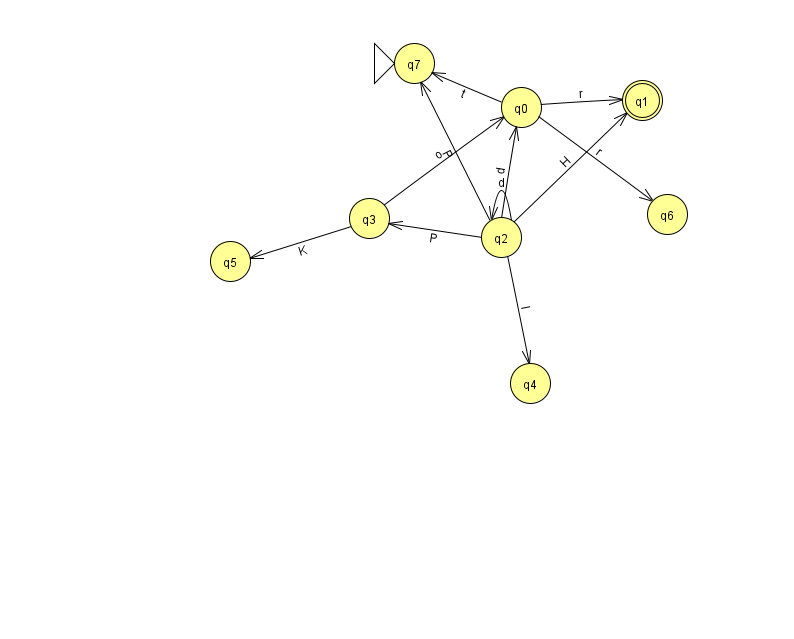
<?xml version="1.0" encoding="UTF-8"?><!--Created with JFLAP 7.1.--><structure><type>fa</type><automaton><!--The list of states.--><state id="0" name="q0"><x>521.0</x><y>94.0</y></state><state id="1" name="q1"><x>642.0</x><y>87.0</y><final/></state><state id="2" name="q2"><x>501.0</x><y>224.0</y></state><state id="3" name="q3"><x>369.0</x><y>205.0</y></state><state id="4" name="q4"><x>530.0</x><y>370.0</y></state><state id="5" name="q5"><x>230.0</x><y>248.0</y></state><state id="6" name="q6"><x>667.0</x><y>201.0</y></state><state id="7" name="q7"><x>414.0</x><y>50.0</y><initial/></state><!--The list of transitions.--><transition><from>0</from><to>7</to><read>t</read></transition><transition><from>2</from><to>1</to><read>H</read></transition><transition><from>2</from><to>2</to><read>d</read></transition><transition><from>2</from><to>0</to><read>d</read></transition><transition><from>3</from><to>0</to><read>o</read></transition><transition><from>2</from><to>4</to><read>I</read></transition><transition><from>2</from><to>7</to><read>P</read></transition><transition><from>2</from><to>3</to><read>P</read></transition><transition><from>0</from><to>1</to><read>r</read></transition><transition><from>0</from><to>6</to><read>r</read></transition><transition><from>3</from><to>5</to><read>K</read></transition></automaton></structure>